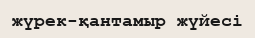
жүрек-қантамыр жүйесі